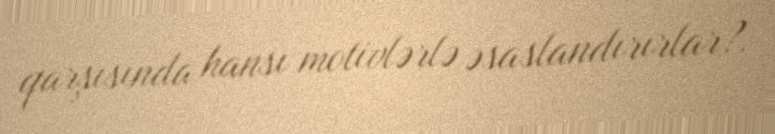
qarşısında hansı motivlərlə əsaslandırırlar?.